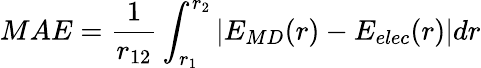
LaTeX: MAE=\frac{1}{r_{12}}\int_{r_{1}}^{r_{2}}\left|E_{MD}(r)-E_{elec}(r)\right|dr